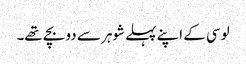
لوسی کے اپنے پہلے شوہر سے دو بچے تھے۔